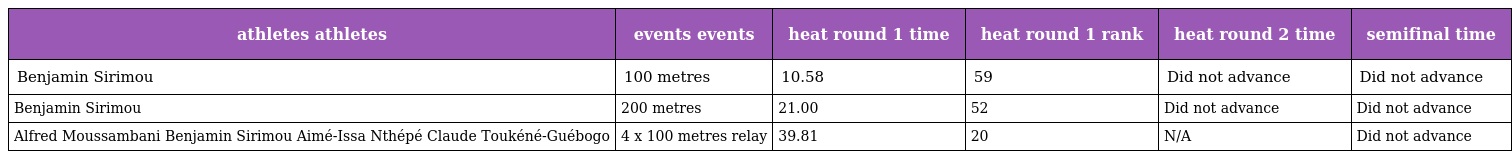
| athletes athletes | events events | heat round 1 time | heat round 1 rank | heat round 2 time | semifinal time |
 | --- | --- | --- | --- | --- | --- |
 | Benjamin Sirimou | 100 metres | 10.58 | 59 | Did not advance | Did not advance |
 | Benjamin Sirimou | 200 metres | 21.00 | 52 | Did not advance | Did not advance |
 | Alfred Moussambani Benjamin Sirimou Aimé-Issa Nthépé Claude Toukéné-Guébogo | 4 x 100 metres relay | 39.81 | 20 | N/A | Did not advance |